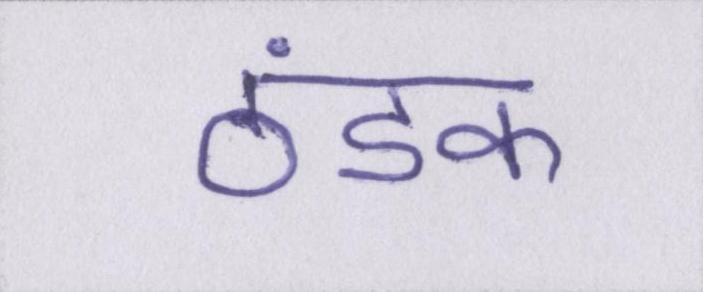
ठंडक